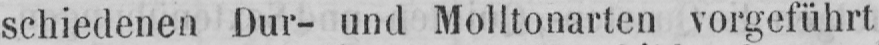
schiedenen Dur- und Molltonarten vorgeführt